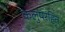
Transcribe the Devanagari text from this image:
कलुषरहित